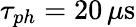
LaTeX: \tau_{ph}=20\, \mu\mathrm{s}